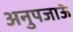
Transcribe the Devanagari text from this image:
अनुपजाऊँ